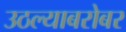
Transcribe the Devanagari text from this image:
उठल्याबरोबर